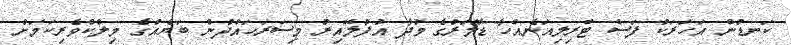
ކަނޑުން އަހަރަކު ފަސް ޓްރިލިއަނެއްހާ ޑޮލަރުގެ މުދާ އުފުލޭއިރު މިސަރަހައްދުން ބަޔެއްގެ މިލްކްވެރިކަމަށް